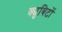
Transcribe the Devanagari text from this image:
क्युबिटों